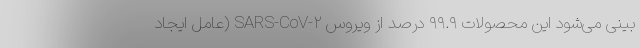
بینی می‌شود این محصولات ۹۹.۹ درصد از ویروس SARS-CoV-۲ (عامل ایجاد